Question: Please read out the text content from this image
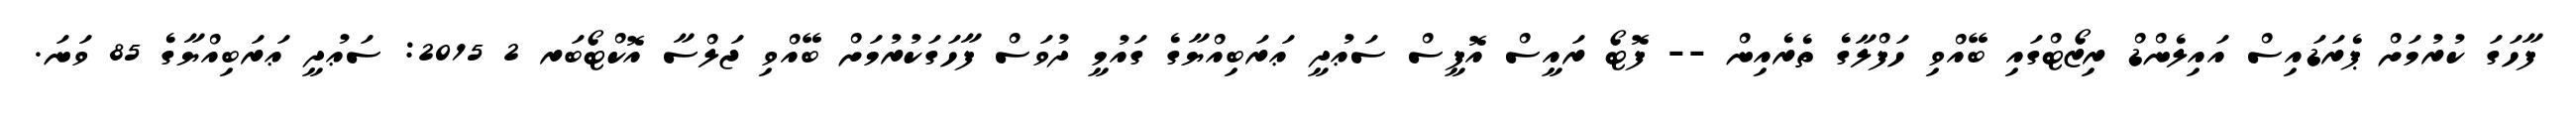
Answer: ފާހަގަ ކުރުމަށް ޕެރަޑައިސް އައިލެންޑް ރިޒޯޓްގައި ބޭއްވި ހަފްލާގެ ތެރެއިން -- ފޮޓޯ ރައީސް އޮފީސް ސަޢުދީ ޢަރަބިއްޔާގެ ގައުމީ ދުވަސް ފާހަގަކުރުމަށް ބޭއްވި ޖަލްސާ އޮކްޓޯބަރ 2 2015: ސަޢުދީ ޢަރަބިއްޔާގެ 85 ވަނަ.